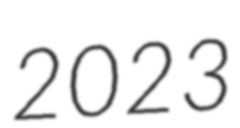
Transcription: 2023